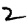
Digit: 2